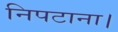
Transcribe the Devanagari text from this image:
निपटाना।